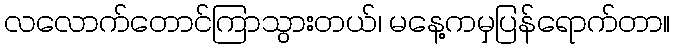
လလောက်တောင်ကြာသွားတယ်၊ မနေ့ကမှပြန်ရောက်တာ။